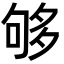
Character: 够